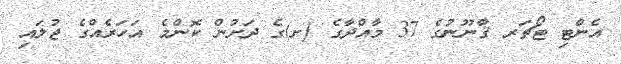
އެންޓި ޓޯޗަރ ޤާނޫނުގެ 37 މާއްދާގެ (ށ)ގެ ދަށުން ކޮންމެ އަހަރެއްގެ ޖުލައި